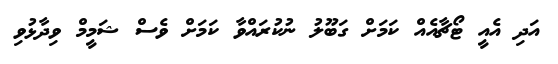
އަދި އެއީ ޓޯޗާއެއް ކަމަށް ގަބޫލު ނުކުރައްވާ ކަމަށް ވެސް ޝަމީމް ވިދާޅުވި